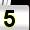
Digit: 5